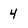
Character: 4